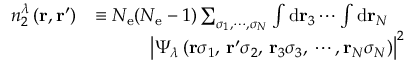
\begin{array} { r l } { n _ { 2 } ^ { \lambda } \left( \ensuremath { \mathbf { r } } , \ensuremath { \mathbf { r } } ^ { \prime } \right) } & { \equiv \ensuremath { N _ { \mathrm { e } } } ( \ensuremath { N _ { \mathrm { e } } } - 1 ) \sum _ { \sigma _ { 1 } , \cdots , \sigma _ { N } } \int \mathrm { d } \ensuremath { \mathbf { r } } _ { 3 } \cdots \int \mathrm { d } \ensuremath { \mathbf { r } } _ { N } } \\ & { \qquad \quad \left| \Psi _ { \lambda } \left( \ensuremath { \mathbf { r } } \sigma _ { 1 } , \, \ensuremath { \mathbf { r } } ^ { \prime } \sigma _ { 2 } , \, \ensuremath { \mathbf { r } } _ { 3 } \sigma _ { 3 } , \, \cdots , \ensuremath { \mathbf { r } } _ { N } \sigma _ { N } \right) \right| ^ { 2 } } \end{array}